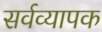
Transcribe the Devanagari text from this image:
सर्वव्‍यापक